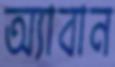
অ্যাবান